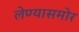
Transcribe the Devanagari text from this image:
लेण्यासमोर